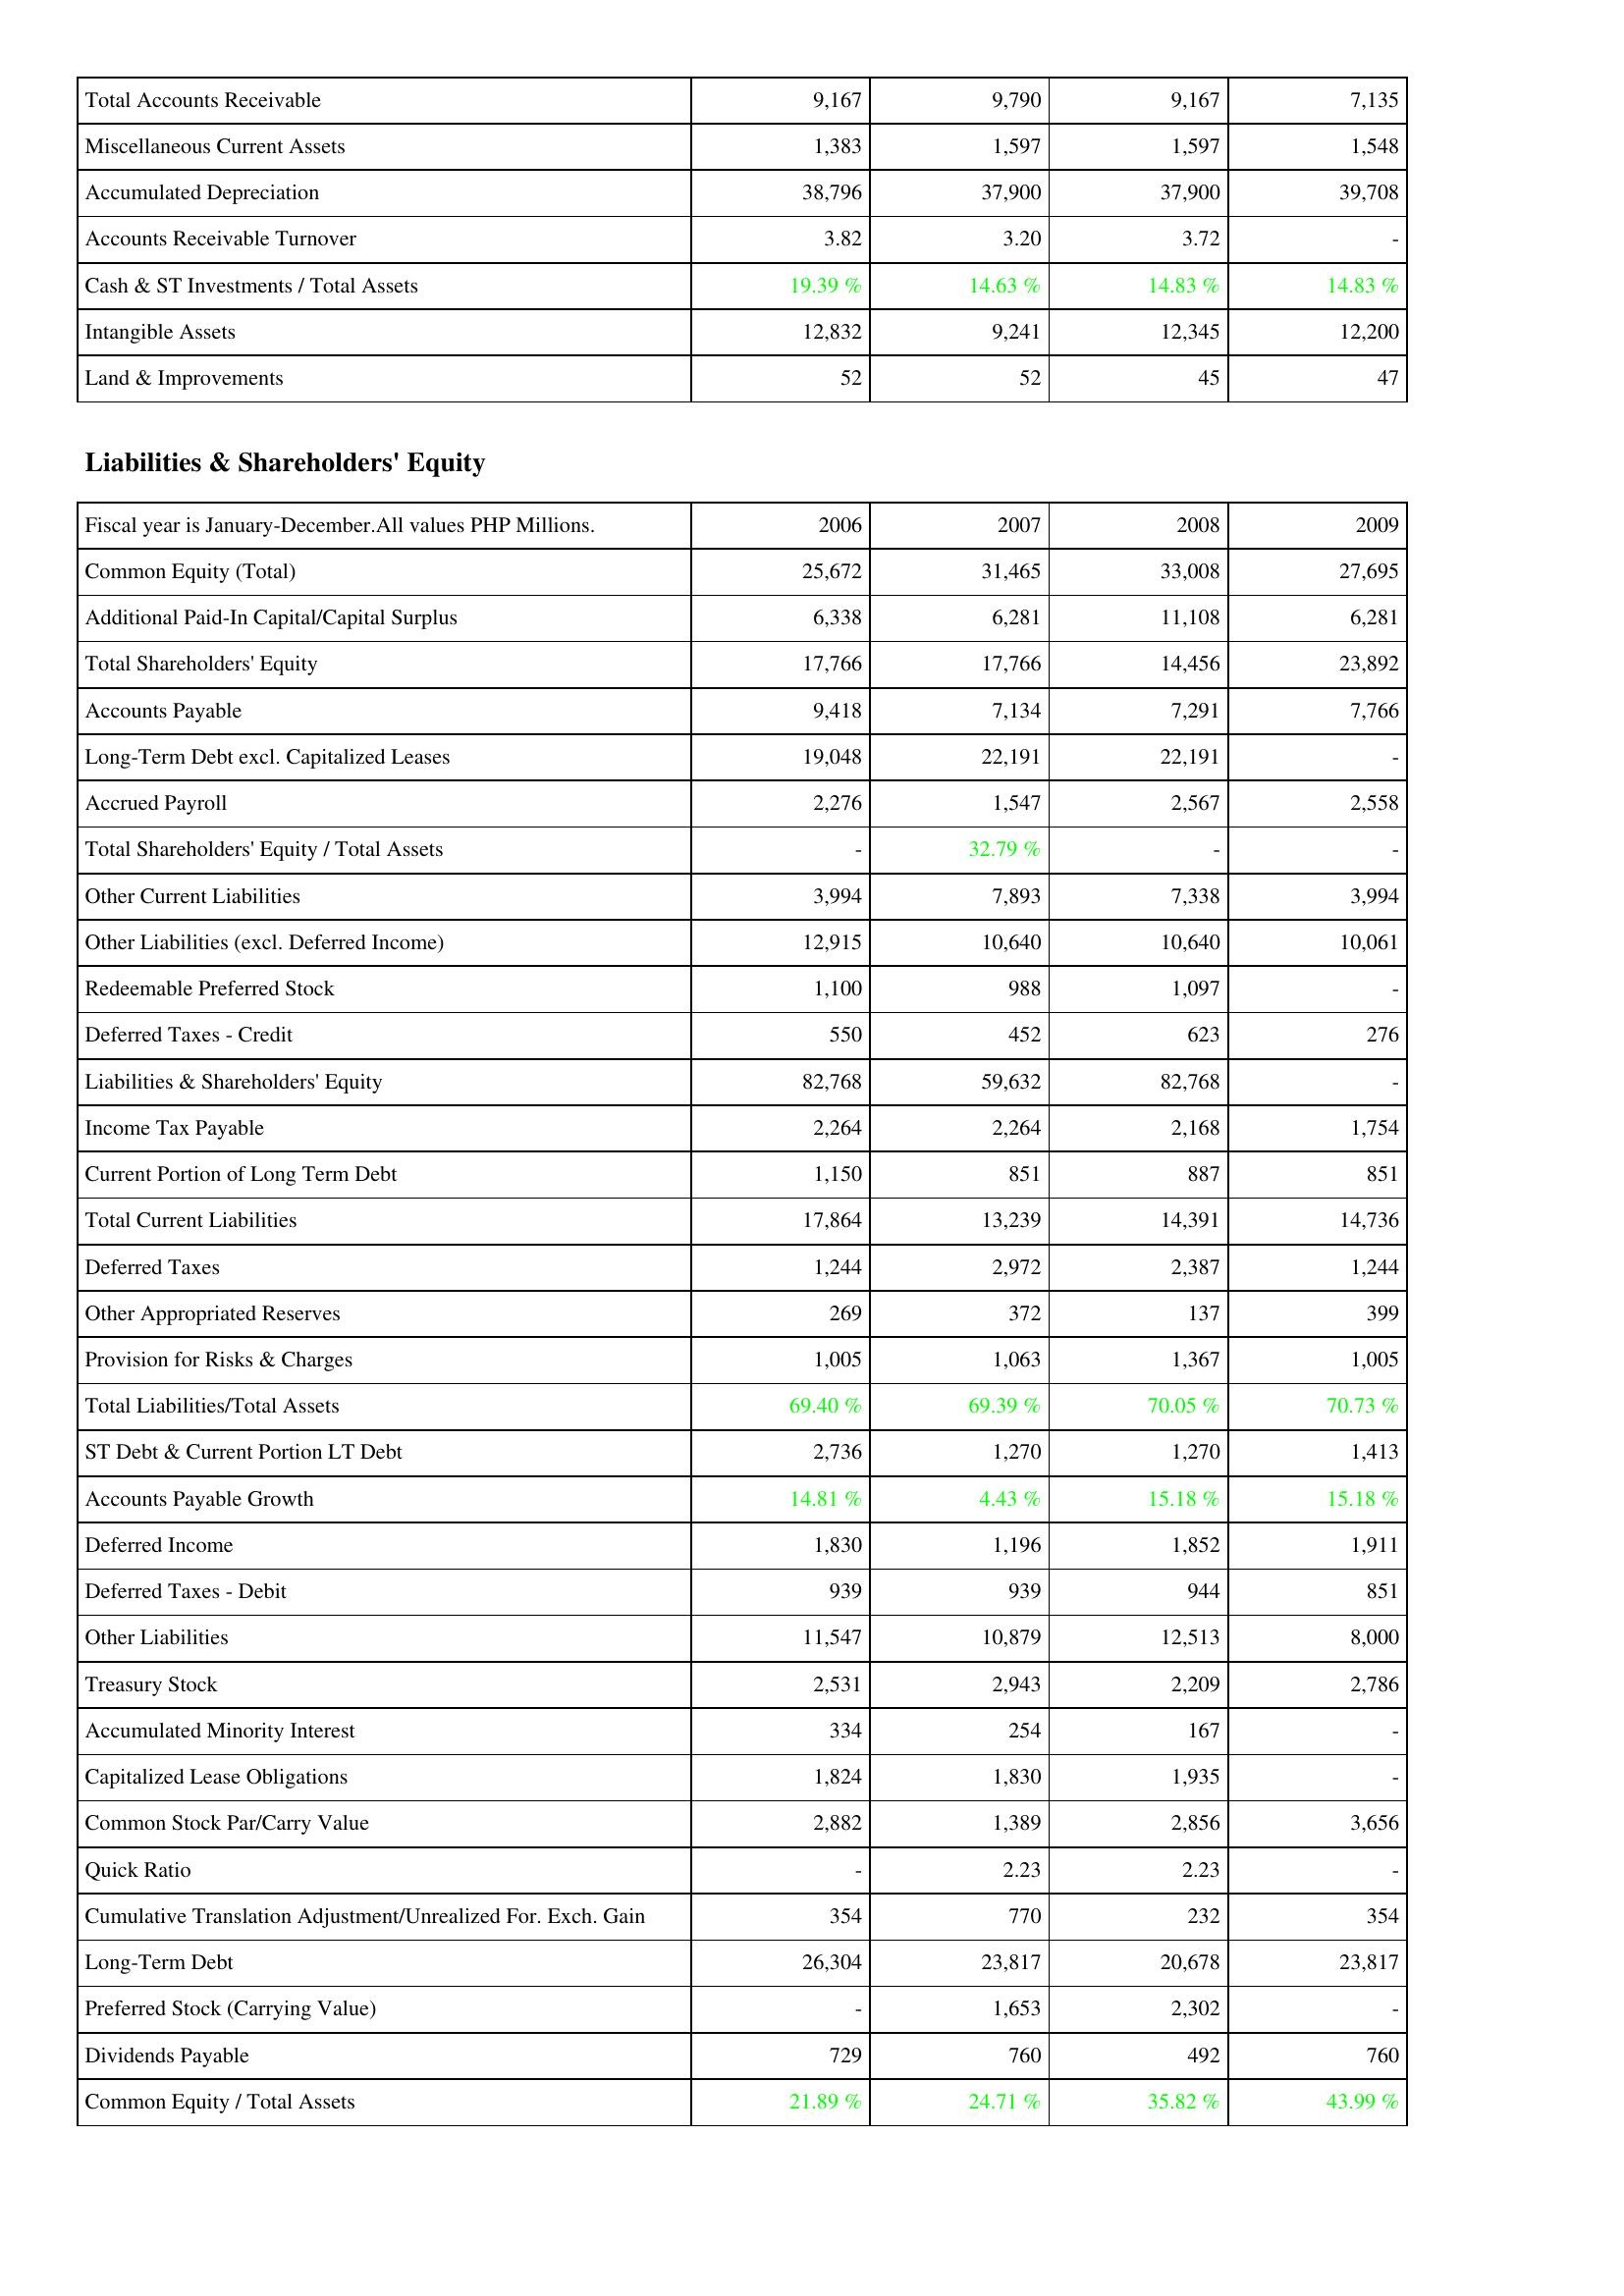
2006: Assets: Total Accounts Receivable: 9,167
Miscellaneous Current Assets: 1,383
Accumulated Depreciation: 38,796
Accounts Receivable Turnover: 3.82
Cash & ST Investments / Total Assets: 19.39 %
Intangible Assets: 12,832
Land & Improvements: 52
Liabilities & Shareholders' Equity: Common Equity (Total): 25,672
Additional Paid-In Capital/Capital Surplus: 6,338
Total Shareholders' Equity: 17,766
Accounts Payable: 9,418
Long-Term Debt excl. Capitalized Leases: 19,048
Accrued Payroll: 2,276
Total Shareholders' Equity / Total Assets: -
Other Current Liabilities: 3,994
Other Liabilities (excl. Deferred Income): 12,915
Redeemable Preferred Stock: 1,100
Deferred Taxes - Credit: 550
Liabilities & Shareholders' Equity: 82,768
Income Tax Payable: 2,264
Current Portion of Long Term Debt: 1,150
Total Current Liabilities: 17,864
Deferred Taxes: 1,244
Other Appropriated Reserves: 269
Provision for Risks & Charges: 1,005
Total Liabilities/Total Assets: 69.40 %
ST Debt & Current Portion LT Debt: 2,736
Accounts Payable Growth: 14.81 %
Deferred Income: 1,830
Deferred Taxes - Debit: 939
Other Liabilities: 11,547
Treasury Stock: 2,531
Accumulated Minority Interest: 334
Capitalized Lease Obligations: 1,824
Common Stock Par/Carry Value: 2,882
Quick Ratio: -
Cumulative Translation Adjustment/Unrealized For. Exch. Gain: 354
Long-Term Debt: 26,304
Preferred Stock (Carrying Value): -
Dividends Payable: 729
Common Equity / Total Assets: 21.89 %
2007: Assets: Total Accounts Receivable: 9,790
Miscellaneous Current Assets: 1,597
Accumulated Depreciation: 37,900
Accounts Receivable Turnover: 3.20
Cash & ST Investments / Total Assets: 14.63 %
Intangible Assets: 9,241
Land & Improvements: 52
Liabilities & Shareholders' Equity: Common Equity (Total): 31,465
Additional Paid-In Capital/Capital Surplus: 6,281
Total Shareholders' Equity: 17,766
Accounts Payable: 7,134
Long-Term Debt excl. Capitalized Leases: 22,191
Accrued Payroll: 1,547
Total Shareholders' Equity / Total Assets: 32.79 %
Other Current Liabilities: 7,893
Other Liabilities (excl. Deferred Income): 10,640
Redeemable Preferred Stock: 988
Deferred Taxes - Credit: 452
Liabilities & Shareholders' Equity: 59,632
Income Tax Payable: 2,264
Current Portion of Long Term Debt: 851
Total Current Liabilities: 13,239
Deferred Taxes: 2,972
Other Appropriated Reserves: 372
Provision for Risks & Charges: 1,063
Total Liabilities/Total Assets: 69.39 %
ST Debt & Current Portion LT Debt: 1,270
Accounts Payable Growth: 4.43 %
Deferred Income: 1,196
Deferred Taxes - Debit: 939
Other Liabilities: 10,879
Treasury Stock: 2,943
Accumulated Minority Interest: 254
Capitalized Lease Obligations: 1,830
Common Stock Par/Carry Value: 1,389
Quick Ratio: 2.23
Cumulative Translation Adjustment/Unrealized For. Exch. Gain: 770
Long-Term Debt: 23,817
Preferred Stock (Carrying Value): 1,653
Dividends Payable: 760
Common Equity / Total Assets: 24.71 %
2008: Assets: Total Accounts Receivable: 9,167
Miscellaneous Current Assets: 1,597
Accumulated Depreciation: 37,900
Accounts Receivable Turnover: 3.72
Cash & ST Investments / Total Assets: 14.83 %
Intangible Assets: 12,345
Land & Improvements: 45
Liabilities & Shareholders' Equity: Common Equity (Total): 33,008
Additional Paid-In Capital/Capital Surplus: 11,108
Total Shareholders' Equity: 14,456
Accounts Payable: 7,291
Long-Term Debt excl. Capitalized Leases: 22,191
Accrued Payroll: 2,567
Total Shareholders' Equity / Total Assets: -
Other Current Liabilities: 7,338
Other Liabilities (excl. Deferred Income): 10,640
Redeemable Preferred Stock: 1,097
Deferred Taxes - Credit: 623
Liabilities & Shareholders' Equity: 82,768
Income Tax Payable: 2,168
Current Portion of Long Term Debt: 887
Total Current Liabilities: 14,391
Deferred Taxes: 2,387
Other Appropriated Reserves: 137
Provision for Risks & Charges: 1,367
Total Liabilities/Total Assets: 70.05 %
ST Debt & Current Portion LT Debt: 1,270
Accounts Payable Growth: 15.18 %
Deferred Income: 1,852
Deferred Taxes - Debit: 944
Other Liabilities: 12,513
Treasury Stock: 2,209
Accumulated Minority Interest: 167
Capitalized Lease Obligations: 1,935
Common Stock Par/Carry Value: 2,856
Quick Ratio: 2.23
Cumulative Translation Adjustment/Unrealized For. Exch. Gain: 232
Long-Term Debt: 20,678
Preferred Stock (Carrying Value): 2,302
Dividends Payable: 492
Common Equity / Total Assets: 35.82 %
2009: Assets: Total Accounts Receivable: 7,135
Miscellaneous Current Assets: 1,548
Accumulated Depreciation: 39,708
Accounts Receivable Turnover: -
Cash & ST Investments / Total Assets: 14.83 %
Intangible Assets: 12,200
Land & Improvements: 47
Liabilities & Shareholders' Equity: Common Equity (Total): 27,695
Additional Paid-In Capital/Capital Surplus: 6,281
Total Shareholders' Equity: 23,892
Accounts Payable: 7,766
Long-Term Debt excl. Capitalized Leases: -
Accrued Payroll: 2,558
Total Shareholders' Equity / Total Assets: -
Other Current Liabilities: 3,994
Other Liabilities (excl. Deferred Income): 10,061
Redeemable Preferred Stock: -
Deferred Taxes - Credit: 276
Liabilities & Shareholders' Equity: -
Income Tax Payable: 1,754
Current Portion of Long Term Debt: 851
Total Current Liabilities: 14,736
Deferred Taxes: 1,244
Other Appropriated Reserves: 399
Provision for Risks & Charges: 1,005
Total Liabilities/Total Assets: 70.73 %
ST Debt & Current Portion LT Debt: 1,413
Accounts Payable Growth: 15.18 %
Deferred Income: 1,911
Deferred Taxes - Debit: 851
Other Liabilities: 8,000
Treasury Stock: 2,786
Accumulated Minority Interest: -
Capitalized Lease Obligations: -
Common Stock Par/Carry Value: 3,656
Quick Ratio: -
Cumulative Translation Adjustment/Unrealized For. Exch. Gain: 354
Long-Term Debt: 23,817
Preferred Stock (Carrying Value): -
Dividends Payable: 760
Common Equity / Total Assets: 43.99 %